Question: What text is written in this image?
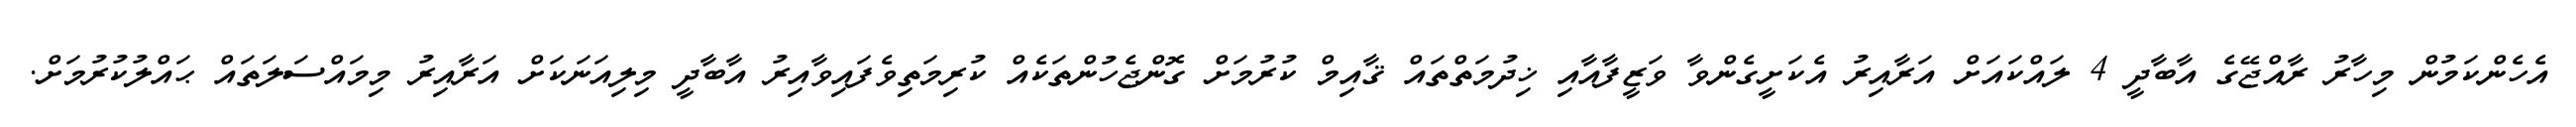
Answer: އެހެންކަމުން މިހާރު ރާއްޖޭގެ އާބާދީ 4 ލައްކައަށް އަރާއިރު އެކަށީގެންވާ ވަޒީފާއާއި ޚިދުމަތްތައް ޤާއިމް ކުރުމަށް ގޮންޖެހުންތަކެއް ކުރިމަތިވެފައިވާއިރު އާބާދީ މިލިއަނަކަށް އަރާއިރު މިމައްސަލަތައް ޙައްލުކުރުމަށް.